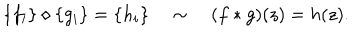
LaTeX: \{ f _ { i } \} \diamond \{ g _ { i } \} = \{ h _ { i } \} \quad \sim \quad ( f * g ) ( z ) = h ( z ) .